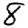
Digit: 8